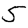
Digit: 5